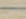
جانين